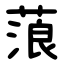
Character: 蒗